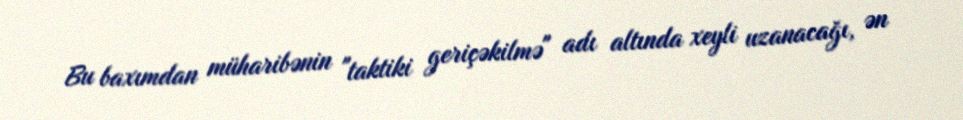
Bu baxımdan müharibənin "taktiki geriçəkilmə" adı altında xeyli uzanacağı, ən